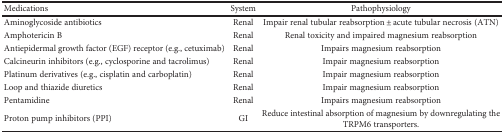
| Medications | System | Pathophysiology |
 | --- | --- | --- |
 | Aminoglycoside antibiotics | Renal | Impair renal tubular reabsorption ± acute tubular necrosis (ATN) |
 | Amphotericin B | Renal | Renal toxicity and impaired magnesium reabsorption |
 | Antiepidermal growth factor (EGF) receptor (e.g., cetuximab) | Renal | Impairs magnesium reabsorption |
 | Calcineurin inhibitors (e.g., cyclosporine and tacrolimus) | Renal | Impair magnesium reabsorption |
 | Platinum derivatives (e.g., cisplatin and carboplatin) | Renal | Impair magnesium reabsorption |
 | Loop and thiazide diuretics | Renal | Impair magnesium reabsorption |
 | Pentamidine | Renal | Impairs magnesium reabsorption |
 | Proton pump inhibitors (PPI) | GI | Reduce intestinal absorption of magnesium by downregulating the TRPM6 transporters. |